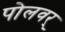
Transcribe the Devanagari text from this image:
पोलवर्